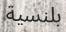
بلنسية